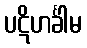
ပဋိဟင်္ခါမ